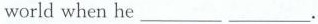
world when he___ ___.